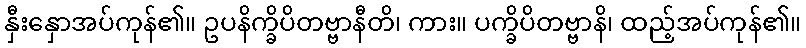
နှီးနှောအပ်ကုန်၏။ ဥပနိက္ခိပိတဗ္ဗာနီတိ၊ ကား။ ပက္ခိပိတဗ္ဗာနိ၊ ထည့်အပ်ကုန်၏။